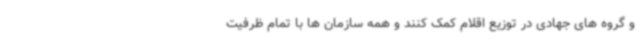
و گروه های جهادی در توزیع اقلام کمک کنند و همه سازمان ها با تمام ظرفیت